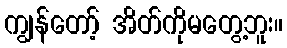
ကျွန်တော့် အိတ်ကိုမတွေ့ဘူး။